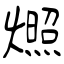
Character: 燳